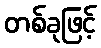
တစ်ခုဖြင့်